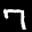
Label: 7